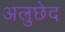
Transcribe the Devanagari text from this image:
अलुछेद